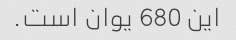
این 680 یوان است.